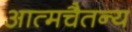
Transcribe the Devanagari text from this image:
आत्मचैतन्य